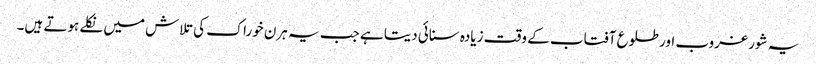
یہ شور غروب اور طلوع آفتاب کے وقت زیادہ سنائی دیتا ہے جب یہ ہرن خوراک کی تلاش میں نکلے ہوتے ہیں۔